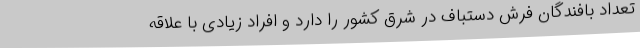
تعداد بافندگان فرش دستباف در شرق کشور را دارد و افراد زیادی با علاقه